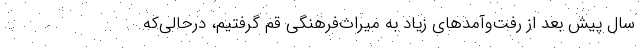
سال پیش بعد از رفت‌وآمدهای زیاد به میراث‌فرهنگی قم گرفتیم، درحالی‌که